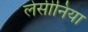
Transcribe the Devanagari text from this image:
लेसीनिया